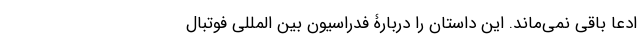
ادعا باقی نمی‌ماند. این داستان را دربارۀ فدراسیون بین المللی فوتبال